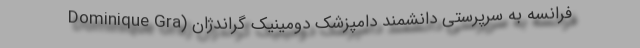
فرانسه به سرپرستی دانشمند دامپزشک دومینیک گراندژان (Dominique Gra